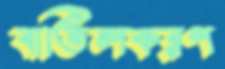
বাতিলকরণ